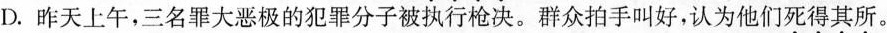
D.昨天上午，三名罪大恶极的犯罪分子被执行枪决。群众拍手叫好，认为他们死得其所。